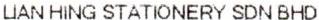
LIAN HING STATIONERY SDN BHD